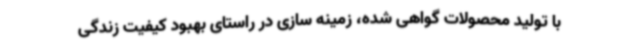
با تولید محصولات گواهی شده، زمینه سازی در راستای بهبود کیفیت زندگی